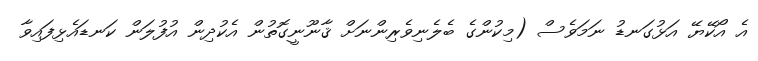
އެ އޯކޭޔޭ އަޅުގަނޑު ނަމަވެސް (މިކުންގެ ބެލެނިވެރިންނަށް ޤާނޫނީގޮތުން އެކުދިން އުފުލަން ކަނޑައެޅިފައިވާ